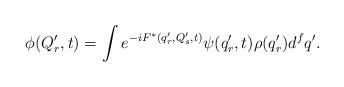
\begin{align*}\phi(Q'_r,t)=\int e^{ -iF^{*}(q'_r, Q'_s,t) } \psi(q'_r,t) \rho(q'_r) d^f q'.\end{align*}